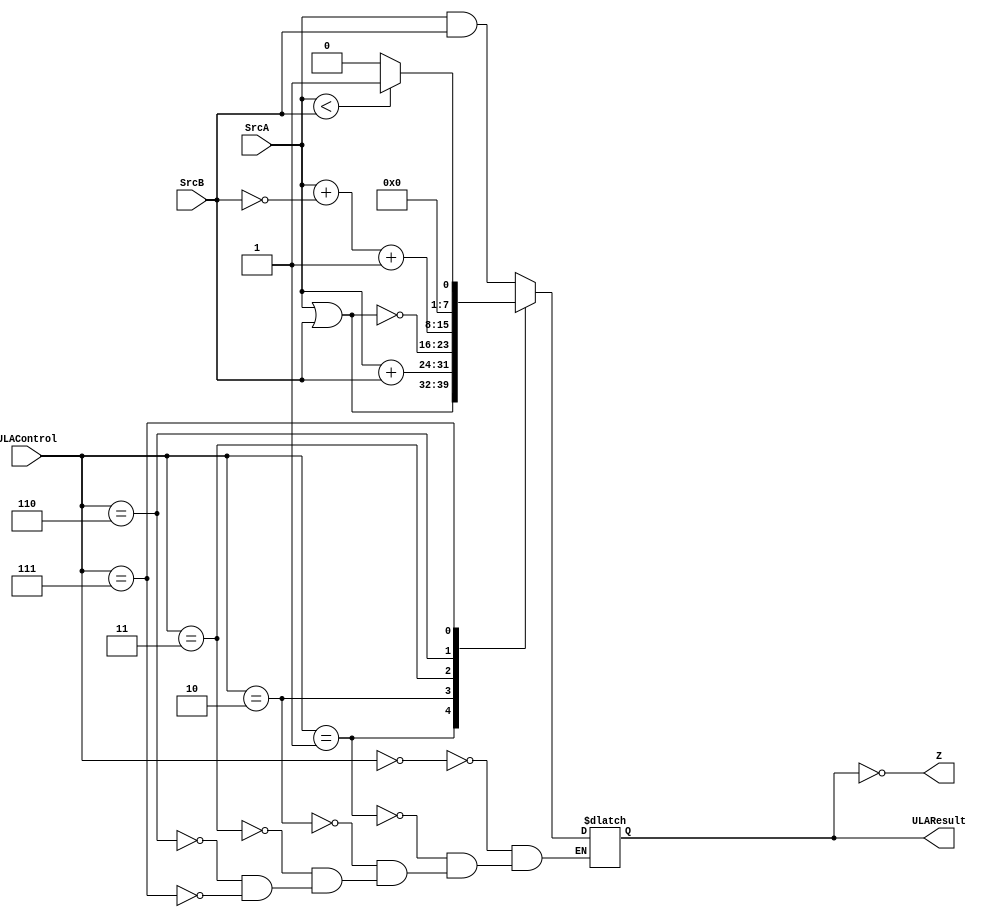
module ULA(
input [7:0] SrcA,
input [7:0] SrcB, 
input [2:0] ULAControl, 
output Z,
output reg [7:0] ULAResult
);

always @(*)
begin
	case(ULAControl)
		3'b000	:	ULAResult = SrcA & SrcB;
		3'b001	:	ULAResult = SrcA | SrcB;
		3'b010	:	ULAResult = SrcA + SrcB;
		3'b011	:	ULAResult = ~(SrcA | SrcB);
		3'b110	:	ULAResult = SrcA + ~SrcB + 8'd1;
		3'b111	:	ULAResult = SrcA < SrcB ? 1 : 0;
	endcase
end
	
	assign Z = (ULAResult == 8'd0);
	
endmodule